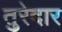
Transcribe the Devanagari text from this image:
तुरेदार